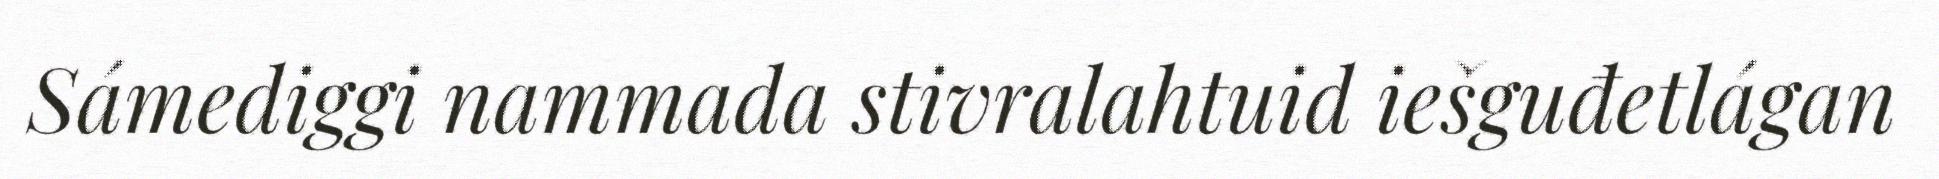
Sámediggi nammada stivralahtuid iešguđetlágan